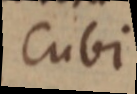
cubi